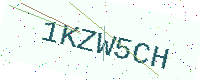
Text: 1KZW5CH